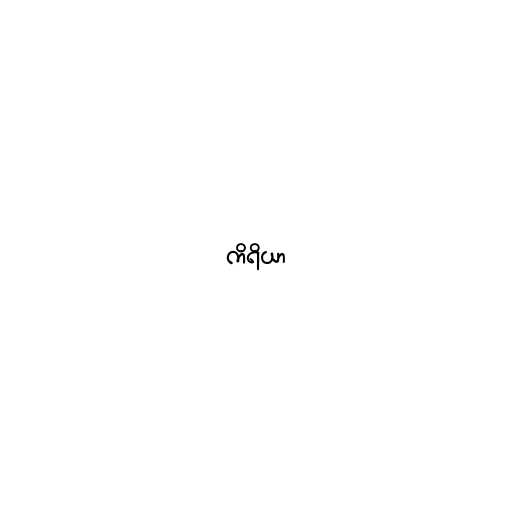
ကိရိယာ